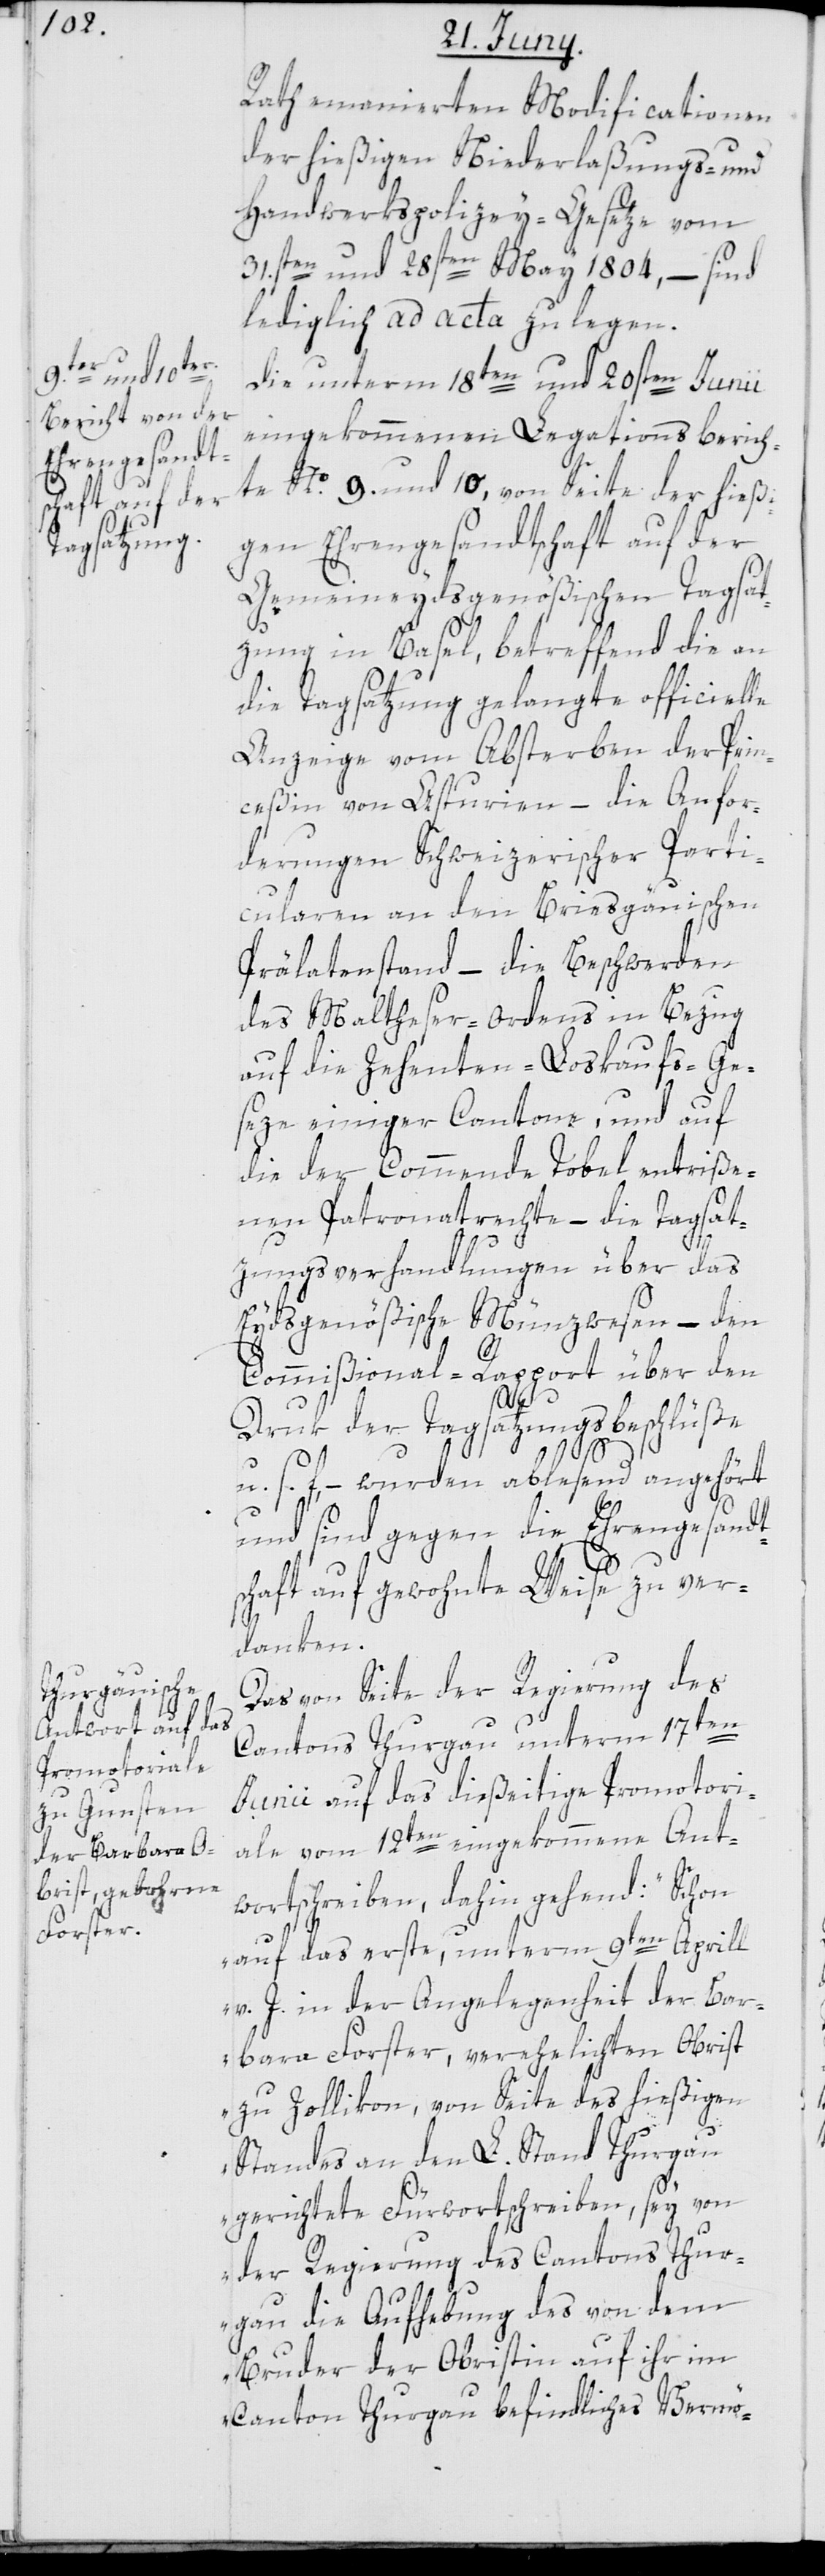
Rath emanierten Modificationen
der hießigen Niederlaßungs- und
Handwerkspolizey-Gesetze vom
31.sten und 28sten May 1804, – sind
lediglich ad acta zu legen.
Die unterm 18ten und 20sten Junii
eingekommenen Legationsberich¬
te No. 9. und 10, von Seite der hießi¬
gen Ehrengesandtschaft auf der
Gemeineydsgenößischen Tagsat¬
zung in Basel, betreffend die an
die Tagsatzung gelangte officielle
Anzeige vom Absterben der Prin¬
ceßin von Asturien – die Anfor¬
derungen Schweizerischer Parti¬
cularen an den Briesgäuischen
Prälatenstand – die Beschwerden
des Maltheser-ordens in Bezug
auf die Zehenten-Loskaufs-Ge¬
seze einiger Cantone, und auf
die der Commende Tobel entriße¬
nen Patronatrechte – die Tagsat¬
zungsverhandlungen über das
Eydsgenößische Münzwesen – den
Commißional-Rapport über den
Druk der Tagsatzungsbeschlüße
u. s. f. – wurden ablesend angehört
und sind gegen die Ehrengesandt¬
schaft auf gewohnte Weise zu ver¬
danken.
Das von Seite der Regierung des
Cantons Thurgau unterm 17ten
Junii auf das dießeitige Promotori¬
ale vom 12ten eingekommene Ant¬
wortschreiben, dahin gehend: „Schon
auf das erste, unterm 9ten Aprill
v. J. in der Angelegenheit der Bar¬
bara Forster, verehelichten Obrist
zu Zollikon, von Seite des hießigen
Standes an den L. Stand Thurgau
gerichtete Fürwortschreiben, sey von
der Regierung des Cantons Thur¬
gau die Aufhebung des von dem
Bruder der Obristin auf ihr im
Canton Thurgau befindliches Vermö-